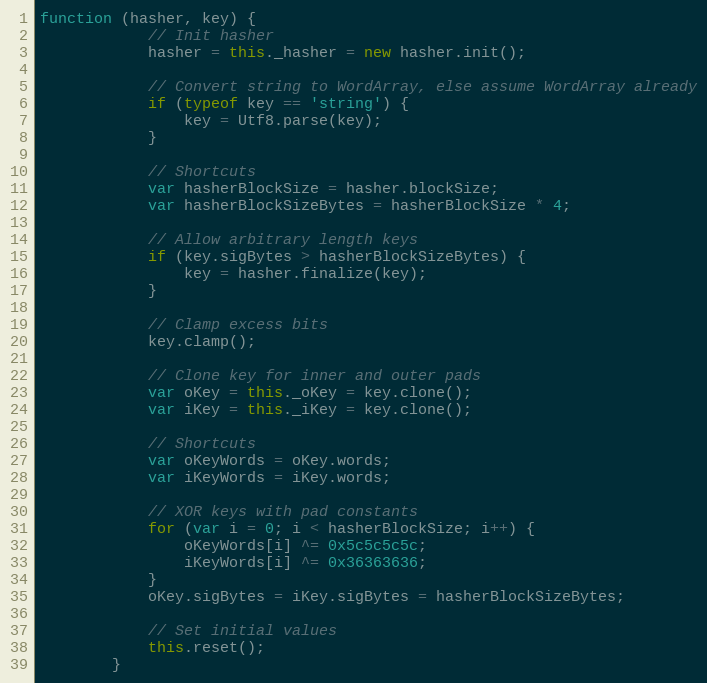
Language: JavaScript
function (hasher, key) {
            // Init hasher
            hasher = this._hasher = new hasher.init();

            // Convert string to WordArray, else assume WordArray already
            if (typeof key == 'string') {
                key = Utf8.parse(key);
            }

            // Shortcuts
            var hasherBlockSize = hasher.blockSize;
            var hasherBlockSizeBytes = hasherBlockSize * 4;

            // Allow arbitrary length keys
            if (key.sigBytes > hasherBlockSizeBytes) {
                key = hasher.finalize(key);
            }

            // Clamp excess bits
            key.clamp();

            // Clone key for inner and outer pads
            var oKey = this._oKey = key.clone();
            var iKey = this._iKey = key.clone();

            // Shortcuts
            var oKeyWords = oKey.words;
            var iKeyWords = iKey.words;

            // XOR keys with pad constants
            for (var i = 0; i < hasherBlockSize; i++) {
                oKeyWords[i] ^= 0x5c5c5c5c;
                iKeyWords[i] ^= 0x36363636;
            }
            oKey.sigBytes = iKey.sigBytes = hasherBlockSizeBytes;

            // Set initial values
            this.reset();
        }